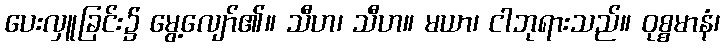
ပေးလှူခြင်း၌ မွေ့လျော်၏။ သီဟ၊ သီဟ။ မယာ၊ ငါဘုရားသည်။ ဝုစ္စမာနံ၊